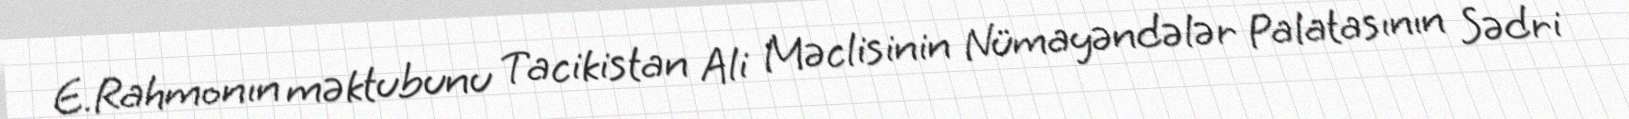
E.Rahmonın məktubunu Tacikistan Ali Məclisinin Nümayəndələr Palatasının Sədri